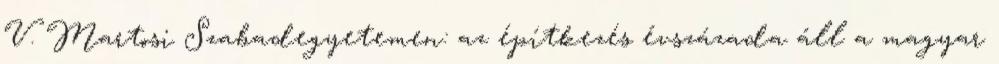
V. Martosi Szabadegyetemen: az építkezés évszázada áll a magyar